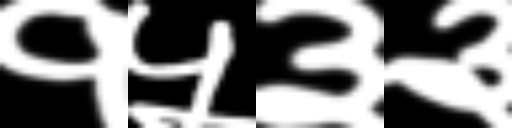
Text: १५३३